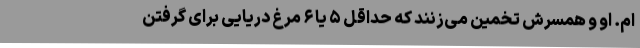
ام. او و همسرش تخمین می‌زنند که حداقل ۵ یا ۶ مرغ دریایی برای گرفتن